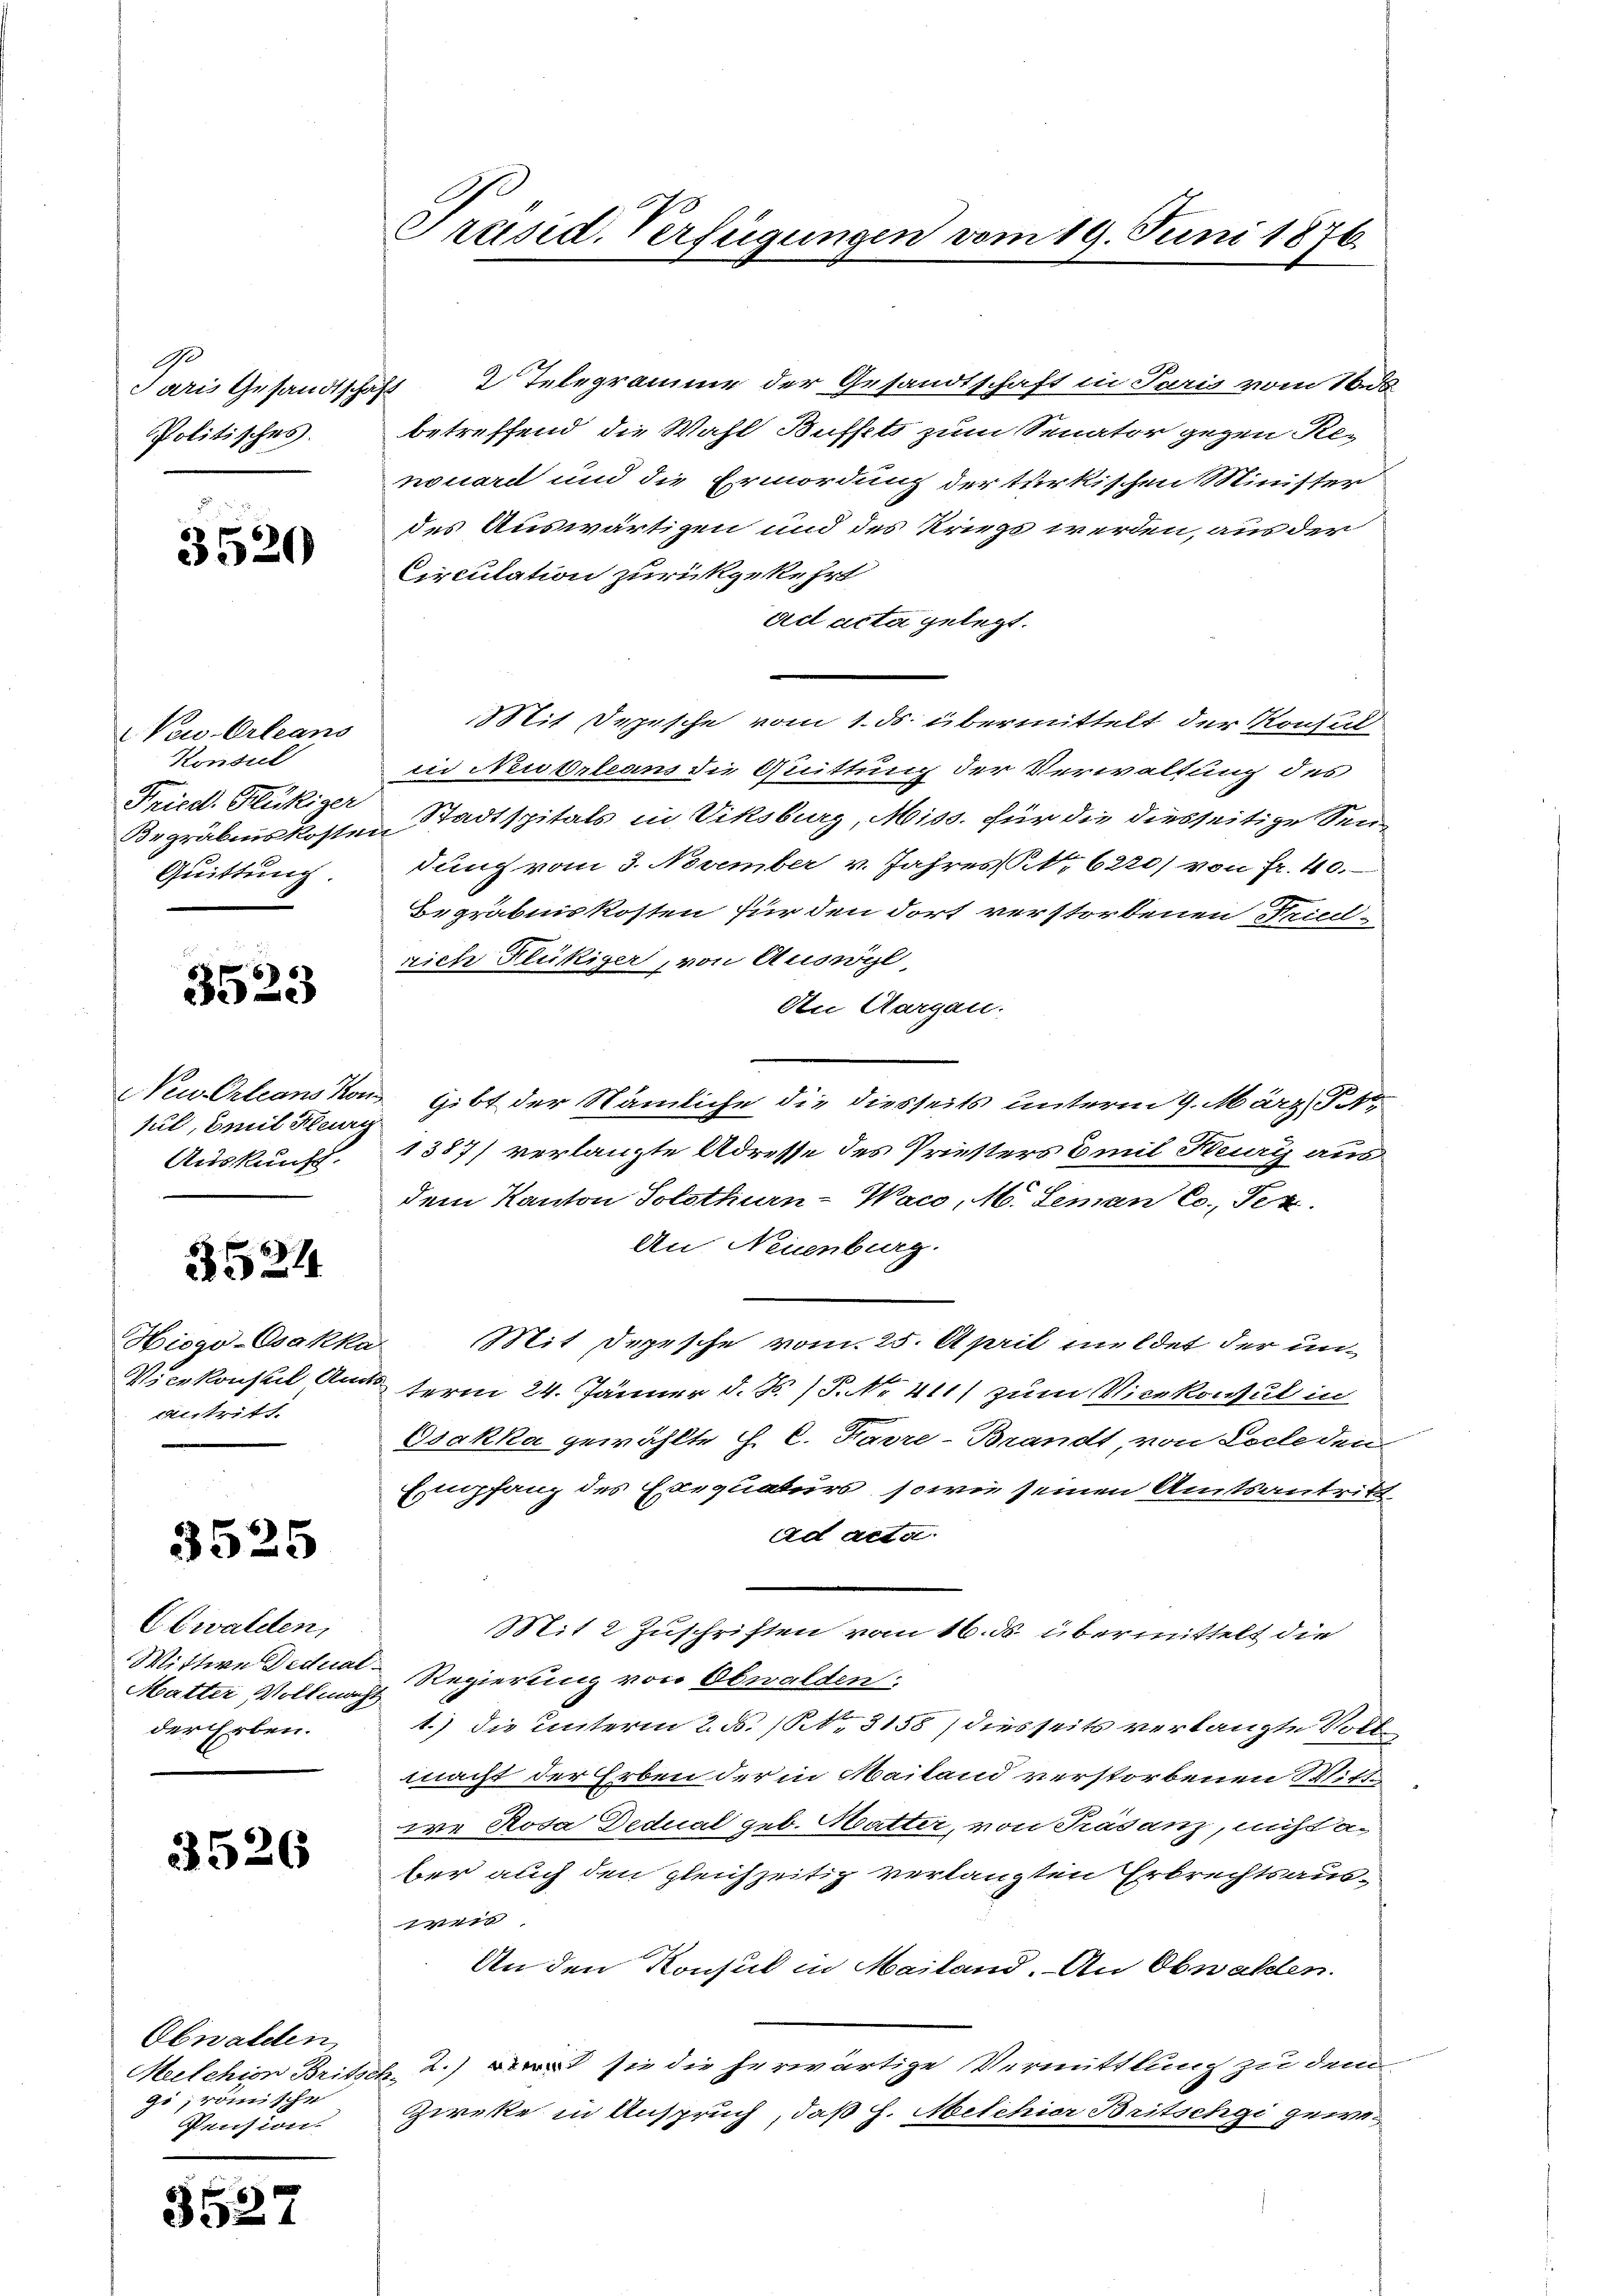
Ge
Paris Gesandtscha¬
Politisches.

3520

New-Orleans
Konsul
Fried. Glückiger
Begräbenskosten
Quittung

3523

Neu Orleans Kon
sul, Emil Feurg
Auskunft.

3524

Hiogo-Osakku
Vicekonsul Am
Austritt.

3525

Obwalden,
Wittwe Dedual
Matter Vollmach
der Erben.

3526

Obwalden,
Melchion Brits.
gi, römische
Pension

3527

Präsid. Verfügungen vom 19. Juni 1876.

4 2 Telegramme der Gesandtschaft in Paris vom 16. ds
betreffend die Wahl Buffets zum Senator gegen Re-
nouard und die Ermordung der türkischen Minister
des Auswärtigen und des Kriege werden, aus der
Circulation zurückgekehrt
ad acta gelegt.
Mit Depesche vom 1. ds. übermittelt der Konsul
in Neubrleans die Quittung der Verwaltung des
Stadtspitals in Viksburg, Miss. für die diesseitige Sendung vom 3. November v. Jahres No 6220) von Fr. 40.
Begräbniskosten für den dort verstorbenen Fried-
rich Flückiger, von Auswyl
An Aargau.
gibt der Nämliche die diesseits unterm 9. März, Po
1387) verlangte Adresse des Priesters Emil Kuay aus
dem Kanton Solothurn-Waco, M. Leman Cc. Tex
An Neuenburg.
Mit Depesche vom 25. April meldet der unterm 24. Jänner d. J. P. Nr. 411) zum Vicekonsul in
Osakka gewählte J. C. Karre-Brandt, von Loche den
Empfang des Exequaturs, sowie seinen Amtsantritt
ad acta
Mit 2 Zuschriften vom 16. ds. übermittelt die
Regierung von Obwalden
1.) Die unterm 2. F. (NNo. 3158) diesseits verlangte Vollmacht der Erben der in Mailand verstorbenen Wittwe Roda Dedical geb. Matter, von Trasanz, nicht a
ber auch den gleichzeitig verlangten Erbrechtsause
An den Konsul in Mailand. An Obwalden.
2.) sie die herwärtige Vermittlung zu dem
2
Zieke in Anspruch, daß H. Melchior Britschgi gewe¬